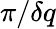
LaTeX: \pi/\delta q